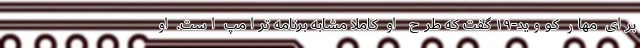
برای مهار کووید-۱۹ گفت که طرح او کاملاً مشابه برنامه ترامپ است. او